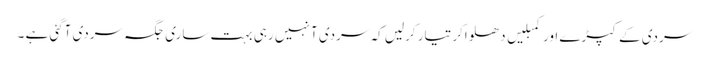
سردی کے کپڑے اور کمبلیں دھلواکر تیار کرلیں کہ سردی آ نہیں رہی بہت ساری جگہ سردی آگئی ہے ۔